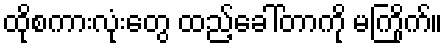
ထိုစကားလုံးတွေ ထည့်ခေါ်တာကို မကြိုက်။